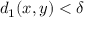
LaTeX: d _ { 1 } ( x , y ) < \delta